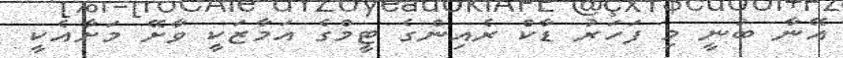
އޭނާ ބުނީ މި ފަހަރު ޑާކް ރެއިންގެ ޓީމްގެ އަމާޒަކީ ވާށޭ މަށާއެކީ